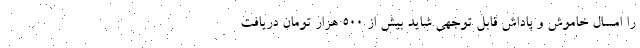
را امسال خاموش و پاداش قابل توجهی شاید بیش از ۵۰۰ هزار تومان دریافت